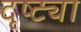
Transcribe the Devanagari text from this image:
दृष्‍ट्या